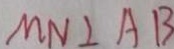
M N \bot A B